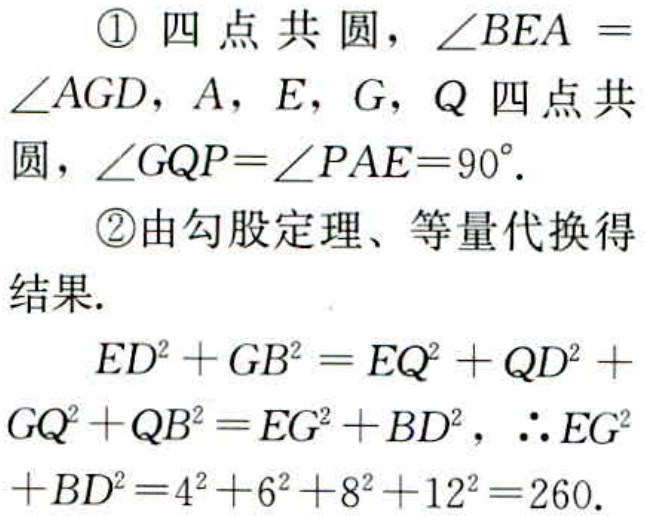
\textcircled{1} 四点共圆，\(\angle BEA = \angle AGD\)，\(A\)，\(E\)，\(G\)，\(Q\) 四点共圆，\(\angle GQP=\angle PAE = 90^{\circ}\).

\textcircled{2}由勾股定理、等量代换得结果.

\(ED^{2}+GB^{2}=EQ^{2}+QD^{2}+GQ^{2}+QB^{2}=EG^{2}+BD^{2}\)，\(\therefore EG^{2}+BD^{2}=4^{2}+6^{2}+8^{2}+12^{2}=260\).